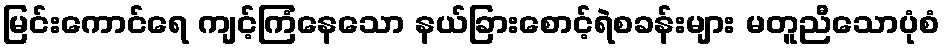
မြင်းကောင်ရေ ကျင့်ကြံနေသော နယ်ခြားစောင့်ရဲစခန်းများ မတူညီသောပုံစံ